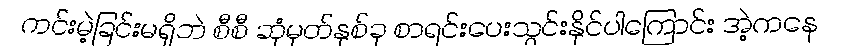
ကင်းမဲ့ခြင်းမရှိဘဲ စီစီ ဆုံမှတ်နှစ်ခု စာရင်းပေးသွင်းနိုင်ပါကြောင်း အဲ့ကနေ